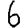
Digit: 6